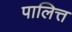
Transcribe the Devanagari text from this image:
पालित्त